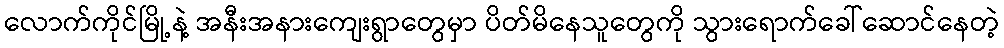
လောက်ကိုင်မြို့နဲ့ အနီးအနားကျေးရွာတွေမှာ ပိတ်မိနေသူတွေကို သွားရောက်ခေါ်ဆောင်နေတဲ့